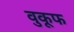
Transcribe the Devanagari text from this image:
वुकूफ